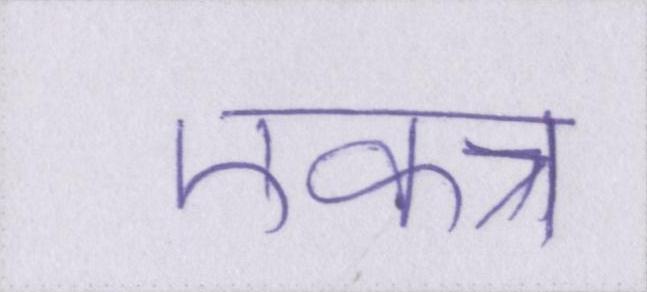
एकत्र